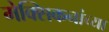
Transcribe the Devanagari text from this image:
मेक्सिकनांच्या